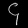
Digit: ၄